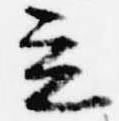
立